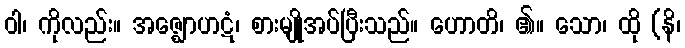
ဝါ၊ ကိုလည်း။ အဇ္ဈောဟဋံ၊ စားမျိုအပ်ပြီးသည်။ ဟောတိ၊ ၏။ သော၊ ထို (နိ၊